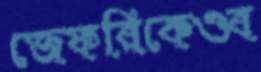
জেফরিকেওব